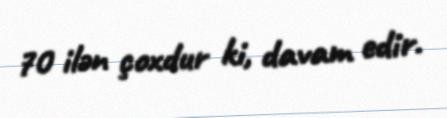
70 ilən çoxdur ki, davam edir.